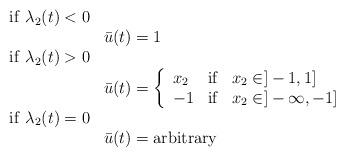
LaTeX: \begin{align*}\begin{array}{lll}\mathrm{if}~\lambda_2(t) < 0 & \\&\bar{u}(t)=1 \\\mathrm{if}~\lambda_2(t) > 0 & \\&\bar{u}(t)=\left\{\begin{array}{lll}x_2 & \mathrm{if} & x_2 \in ]-1,1]\\-1 & \mathrm{if} & x_2 \in ]-\infty,-1]\end{array}\right.\\\mathrm{if}~\lambda_2(t) = 0 & \\&\bar{u}(t)=\mathrm{arbitrary}\end{array}\end{align*}